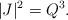
LaTeX: \begin{align*} |J|^2=Q^3.\end{align*}